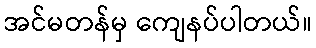
အင်မတန်မှ ကျေနပ်ပါတယ်။